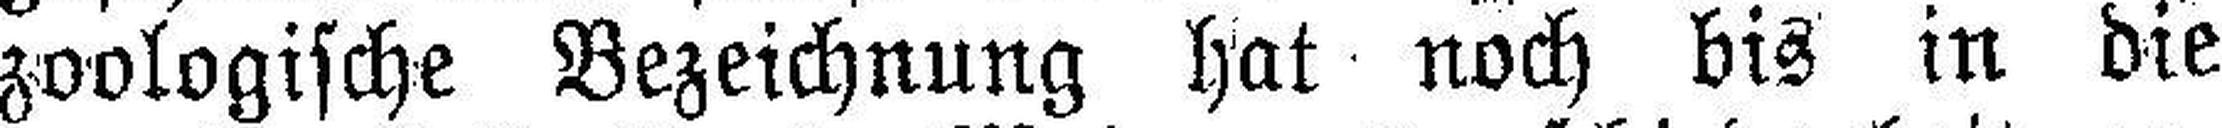
zoologische Bezeichnung hat noch bis in die